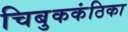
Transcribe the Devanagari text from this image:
चिबुककंठिका